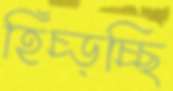
হিঁচ্‌ড়চ্ছি